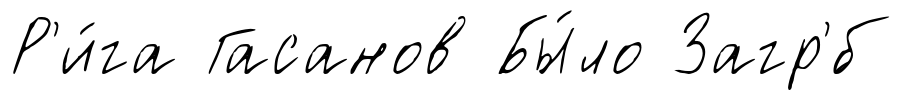
Р'и́га Гасанов Бы́ло Загр'́б